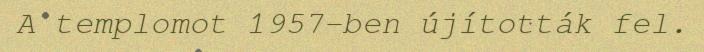
A templomot 1957-ben újították fel.